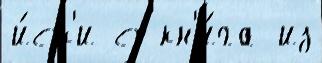
и́ск'и с кн'и́га из